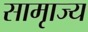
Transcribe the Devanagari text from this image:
सामृाज्य